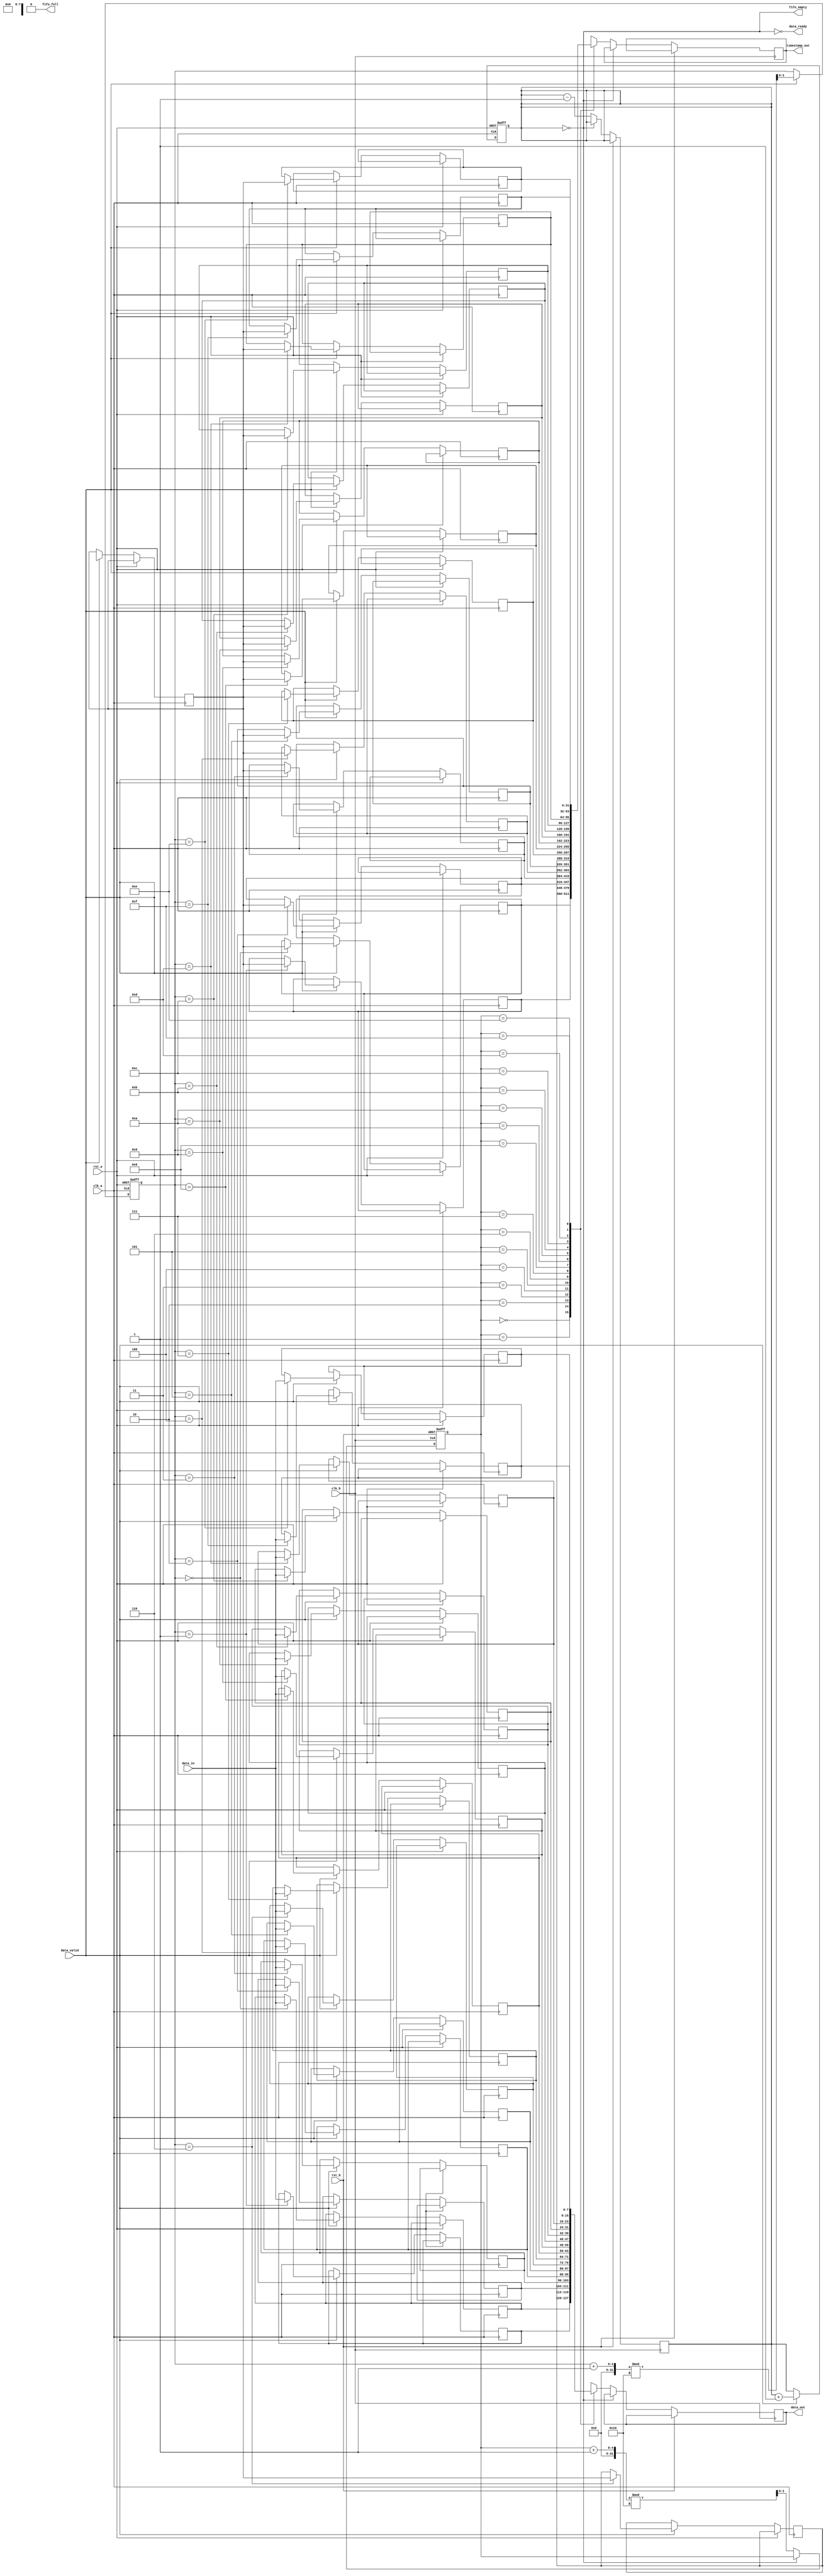
module TimeStampedSynchronizer #(
    parameter DATA_WIDTH = 8,
    parameter TIMESTAMP_WIDTH = 32,
    parameter FIFO_DEPTH = 16
)(
    input wire clk_a,                       // Clock domain A
    input wire clk_b,                       // Clock domain B
    input wire rst_a,                       // Reset for clock domain A
    input wire rst_b,                       // Reset for clock domain B
    input wire [DATA_WIDTH-1:0] data_in,   // Data input from clock domain A
    input wire data_valid,                  // Data valid signal from clock domain A
    output wire [DATA_WIDTH-1:0] data_out, // Data output to clock domain B
    output wire [TIMESTAMP_WIDTH-1:0] timestamp_out, // Timestamp output to clock domain B
    output wire data_ready,                 // Data ready signal for clock domain B
    output wire fifo_full,                  // FIFO full indicator
    output wire fifo_empty                  // FIFO empty indicator
);

    // FIFO buffer declaration
    reg [DATA_WIDTH-1:0] fifo_data [0:FIFO_DEPTH-1];
    reg [TIMESTAMP_WIDTH-1:0] fifo_timestamp [0:FIFO_DEPTH-1];
    reg [3:0] write_ptr, read_ptr;
    reg [3:0] fifo_count;

    // Timestamp generation
    reg [TIMESTAMP_WIDTH-1:0] timestamp;

    // Write logic for Clock_A domain
    always @(posedge clk_a or posedge rst_a) begin
        if (rst_a) begin
            write_ptr <= 0;
            fifo_count <= 0;
        end else if (data_valid && !fifo_full) begin
            fifo_data[write_ptr] <= data_in;
            timestamp <= $time; // Capture current time as timestamp
            fifo_timestamp[write_ptr] <= timestamp;
            write_ptr <= (write_ptr + 1) % FIFO_DEPTH;
            fifo_count <= fifo_count + 1;
        end
    end

    // Read logic for Clock_B domain
    always @(posedge clk_b or posedge rst_b) begin
        if (rst_b) begin
            read_ptr <= 0;
        end else if (data_ready && !fifo_empty) begin
            data_out <= fifo_data[read_ptr];
            timestamp_out <= fifo_timestamp[read_ptr];
            read_ptr <= (read_ptr + 1) % FIFO_DEPTH;
            fifo_count <= fifo_count - 1;
        end
    end

    // FIFO status flags
    assign fifo_full = (fifo_count == FIFO_DEPTH);
    assign fifo_empty = (fifo_count == 0);
    assign data_ready = !fifo_empty;

endmodule